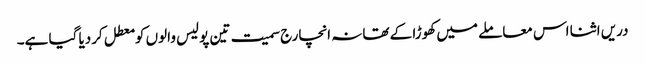
دریں اثنا اس معاملے میں کھوڑا کے تھانہ انچارج سمیت تین پولیس والوں کو معطل کردیا گیا ہے۔